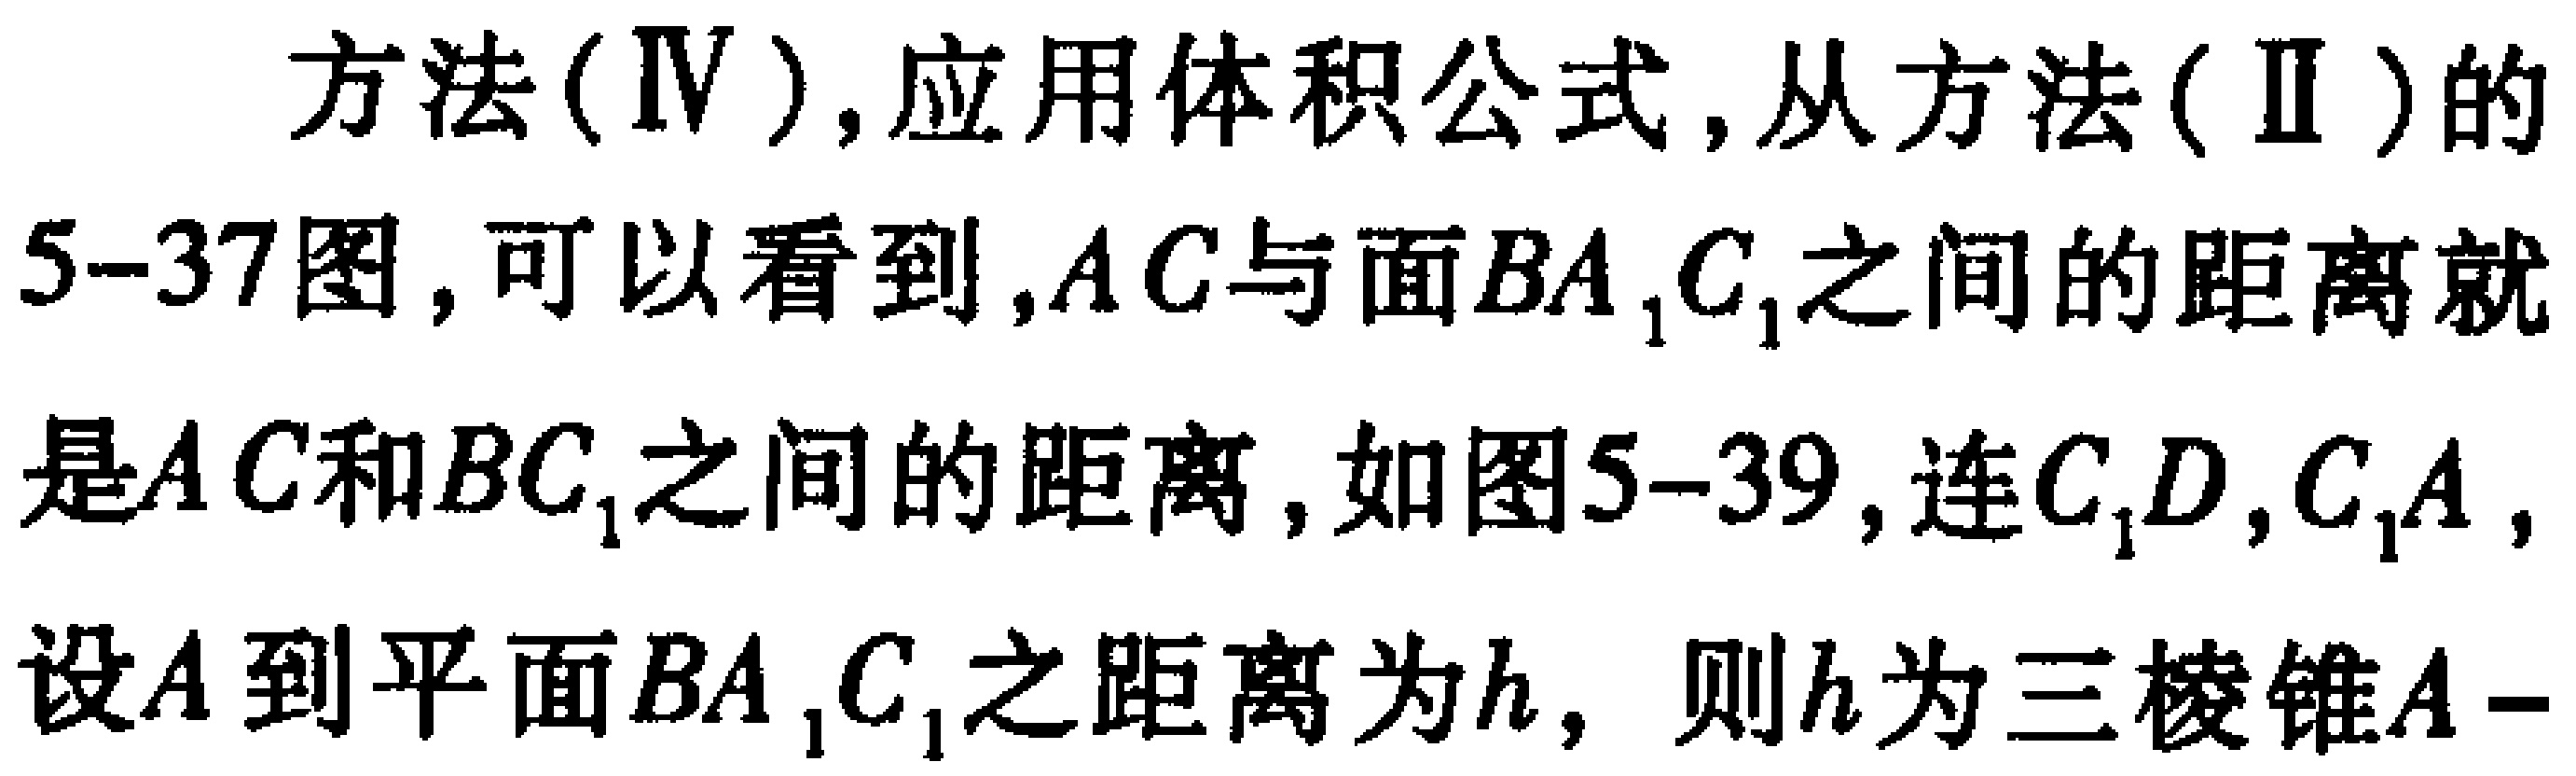
方法(Ⅳ),应用体积公式,从方法(Ⅱ)的5 - 37图,可以看到,$AC$与面$BA_{1}C_{1}$之间的距离就是$AC$和$BC_{1}$之间的距离,如图5 - 39,连$C_{1}D,C_{1}A$,设$A$到平面$BA_{1}C_{1}$之距离为$h$, 则$h$为三棱锥$A - $